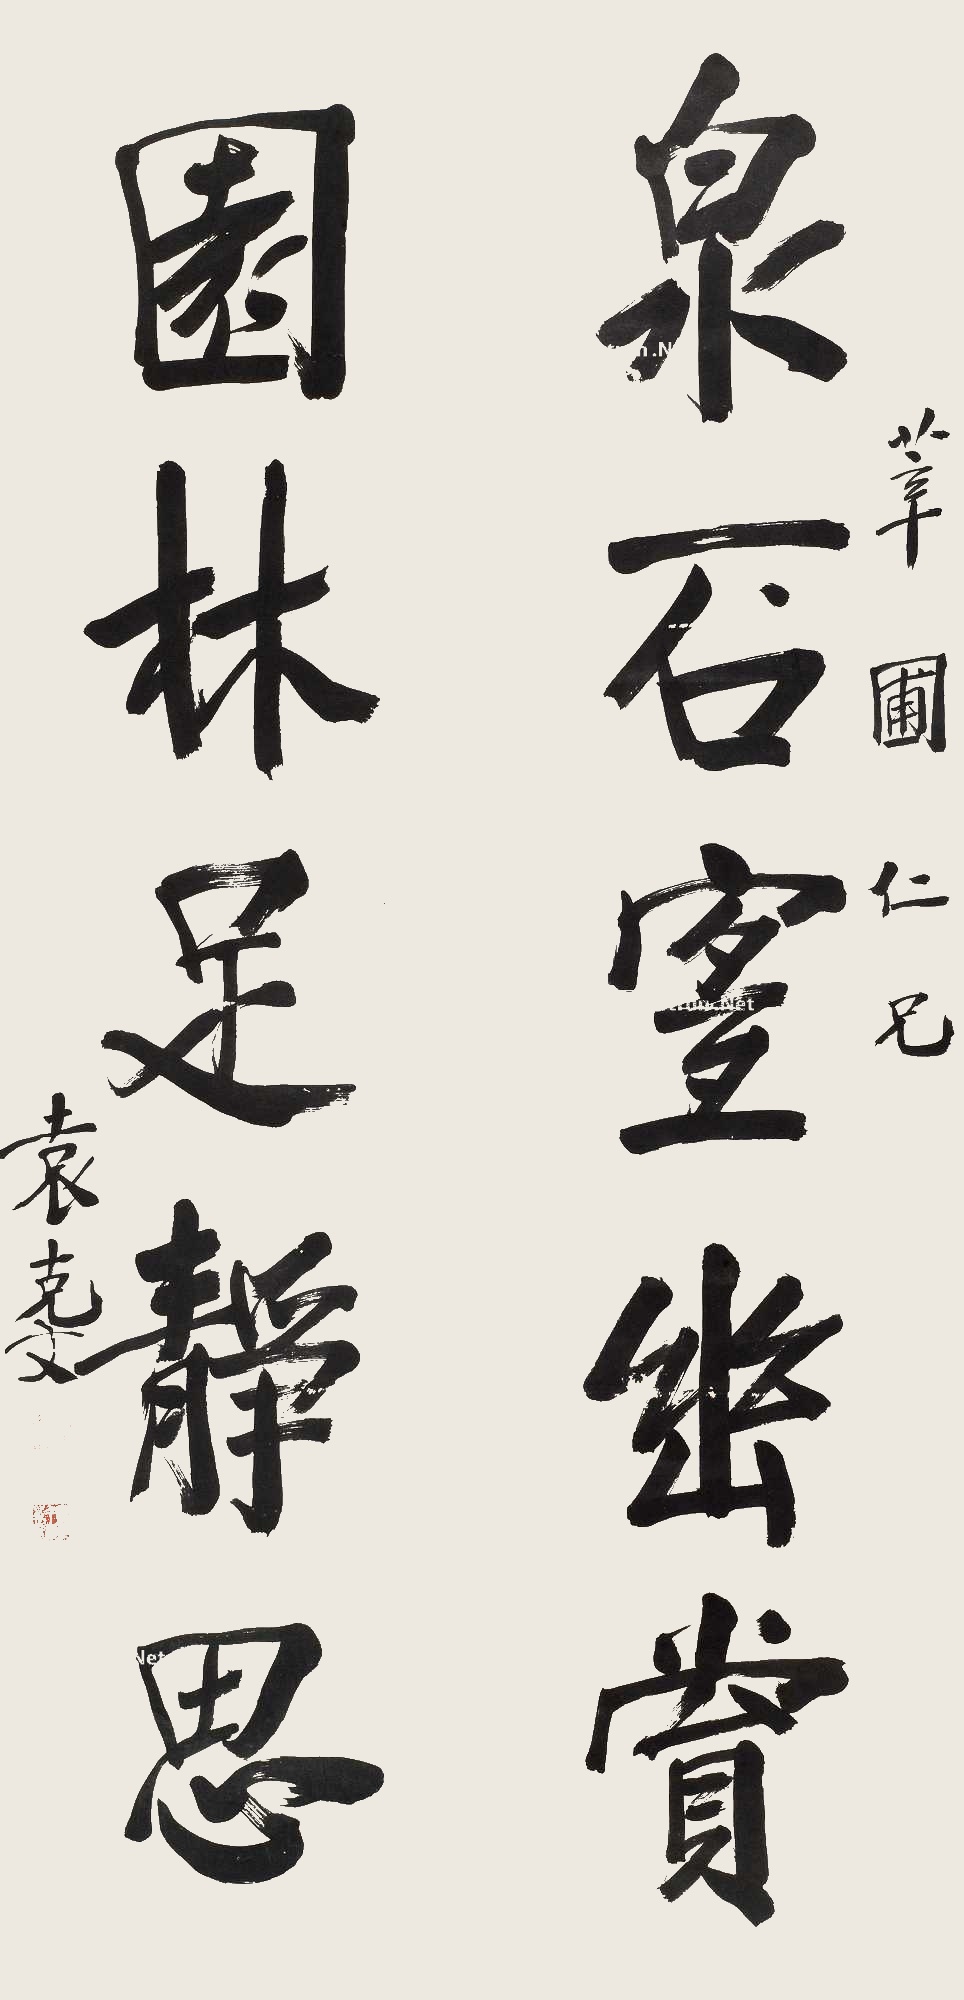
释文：泉石宜幽赏，园林足静思。莘圃仁兄，袁克文。